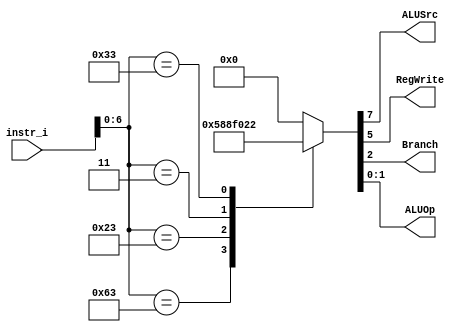
/***************************************************
Student Name: 
Student ID: 0711099
***************************************************/

`timescale 1ns/1ps

module Decoder(
	input [32-1:0] 	instr_i,
	output wire			ALUSrc,
	output wire			RegWrite,
	output wire			Branch,
	output wire [2-1:0]	ALUOp
	);
	
//Internal Signals
wire	[7-1:0]		opcode;
wire 	[3-1:0]		funct3;
reg	[3-1:0]		Instr_field;
reg	[9-1:0]		Ctrl_o;

assign opcode = instr_i[6:0];
assign funct3 = instr_i[14:12];

//R:0110011, B:1100011, S:0100011

always @(*) begin
	case (opcode)
		7'b1100011: begin	//B-type, not used in this lab
			Instr_field = 2'b11;
			Ctrl_o = 9'b000000101;
		end
		7'b0100011: begin	//S-type, not used in this lab
			Instr_field = 2'b10;
			Ctrl_o = 9'b010001000;
		end
		7'b0000011: begin	//lw, not used in this lab
			Instr_field = 2'b01;
			Ctrl_o = 9'b011110000;
		end
		7'b0110011: begin	//R-type
			Instr_field = 2'b00;
			Ctrl_o = 9'b000100010;
		end
		default: begin
			Instr_field = 2'b00;
			Ctrl_o = 9'b000000000;
		end
	endcase
end

assign ALUSrc 	= Ctrl_o[7];
assign RegWrite = Ctrl_o[5];
assign Branch	= Ctrl_o[2];
assign ALUOp 	= Ctrl_o[1:0];

endmodule